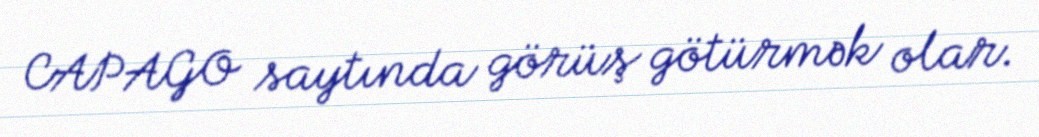
CAPAGO saytında görüş götürmək olar.